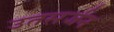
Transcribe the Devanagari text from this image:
उतसर्जन